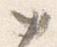
如